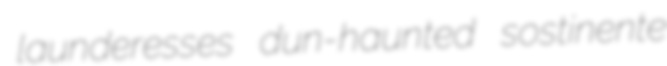
launderesses dun-haunted sostinente